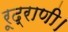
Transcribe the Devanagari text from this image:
रूद्राणी।